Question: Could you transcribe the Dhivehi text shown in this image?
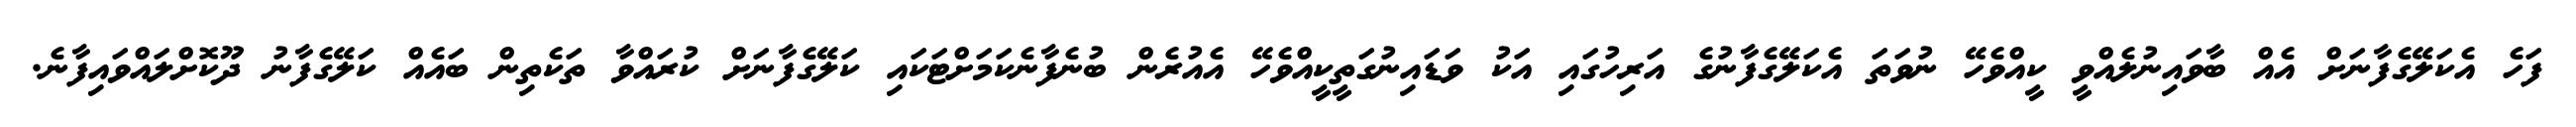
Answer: ފަހެ އެކަލޭގެފާނަށް އެއް ބާވައިނުލެއްވީ ކީއްވެހޭ ނުވަތަ އެކަލޭގެފާނުގެ އަރިހުގައި އަކު ވަޑައިނުގަތީކީއްވެހޭ އެއުރެން ބުނެފާނެކަމަށްޓަކައި ކަލޭގެފާނަށް ކުރައްވާ ތަކެތިން ބައެއް ކަލޭގެފާނު ދޫކޮށްލައްވައިފާނެ.